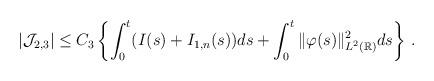
LaTeX: \begin{align*}\vert\mathcal J_{2,3}\vert\le C_3\left\{\int_0^t(I(s)+I_{1,n}(s))ds+\int_0^t\Vert\varphi(s)\Vert^2_{L^2(\mathbb R)}ds\right\}\,.\end{align*}